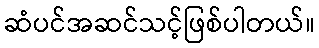
ဆံပင်အဆင်သင့်ဖြစ်ပါတယ်။